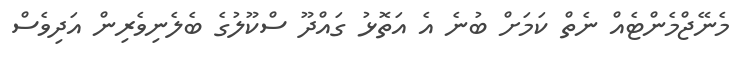
މެނޭޖްމެންޓެއް ނެތް ކަމަށް ބުނެ އެ އަތޮޅު ގައްދޫ ސްކޫލުގެ ބެލެނިވެރިން އަދިވެސް